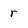
Character: r